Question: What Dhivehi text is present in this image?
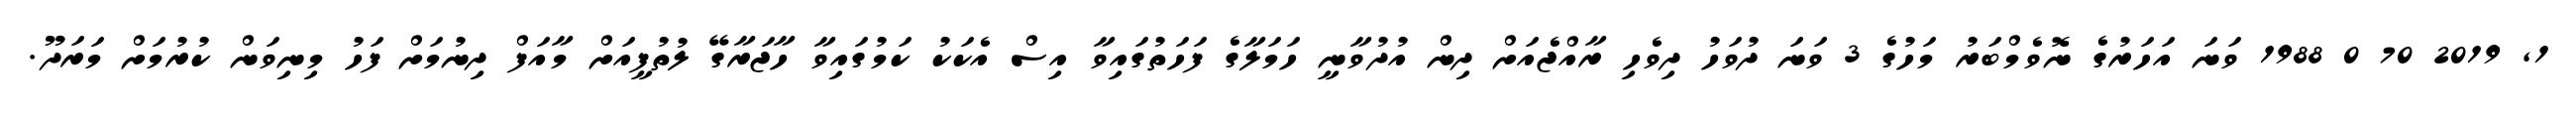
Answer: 1, 2019 70 0 1988 ވަނަ އަހަރުގެ ނޮވެމްބަރު މަހުގެ 3 ވަނަ ދުވަހު ދިވެހި ރާއްޖެއަށް ދިން އުދުވާނީ ހަމަލާގެ ފަހަތުގައިވާ އިސް އެކަކު ކަމުގައިވާ ހާޖަރާގޭ ލުތުފީއަށް މާއަފް ދިނުމަށް ފަހު މިނިވަން ކުރުމަށް މަރަދޫ.